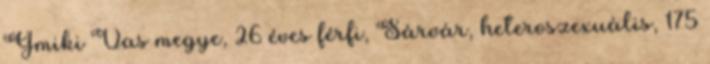
Gmiki Vas megye, 26 éves férfi, Sárvár, heteroszexuális, 175